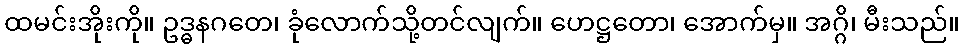
ထမင်းအိုးကို။ ဥဒ္ဓနဂတေ၊ ခုံလောက်သို့တင်လျက်။ ဟေဋ္ဌတော၊ အောက်မှ။ အဂ္ဂိ၊ မီးသည်။